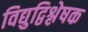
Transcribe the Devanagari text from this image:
विद्युद्विश्लेषक